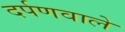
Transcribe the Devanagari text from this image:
दर्पणवाले